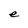
Character: e